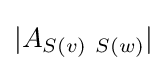
|A_{S(v)\ S(w)}|